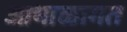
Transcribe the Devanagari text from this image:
आभाळागत